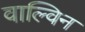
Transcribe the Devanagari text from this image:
वाल्विन